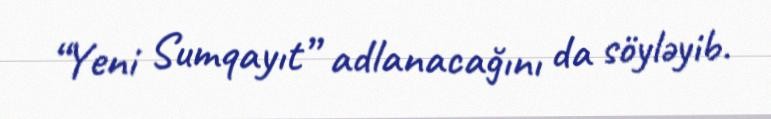
“Yeni Sumqayıt” adlanacağını da söyləyib.